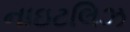
નાઇટલિઝ